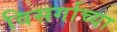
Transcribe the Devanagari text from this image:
विसर्गाच्या